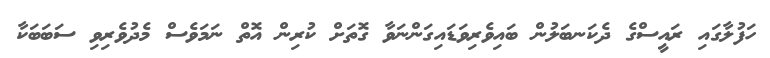
ހަފުލާގައި ރައީސްގެ ދެކަނބަލުން ބައިވެރިވަޑައިގަންނަވާ ގޮތަށް ކުރިން އޮތް ނަމަވެސް މެދުވެރިވި ސަބަބަކާ